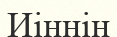
Иіннің